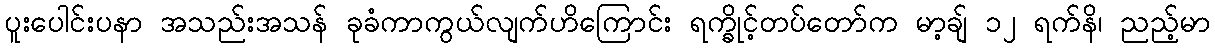
ပူးပေါင်းပနာ အသည်းအသန် ခုခံကာကွယ်လျက်ဟိကြောင်း ရက္ခိုင့်တပ်တော်က မာ့ချ် ၁၂ ရက်နိ၊ ညည့်မာ